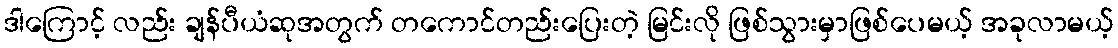
ဒါကြောင့် လည်း ချန်ပီယံဆုအတွက် တကောင်တည်းပြေးတဲ့ မြင်းလို ဖြစ်သွားမှာဖြစ်ပေမယ့် အခုလာမယ့်